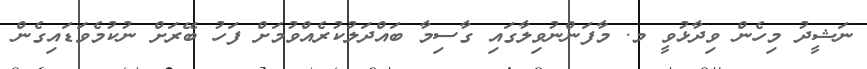
ނަޝީދު މިހެން ވިދާޅުވީ މ. މާފަންނުވިލާގައި ގާސިމާ ބައްދަލުކުރެއްވުމަށް ފަހު ބޭރަށް ނުކުމެވަޑައިގެން